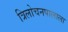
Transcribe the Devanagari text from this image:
त्रिलोचनपालाला